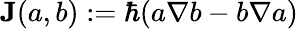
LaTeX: \mathbf{J}(a,b):=\hbar(a\nabla b-b\nabla a)